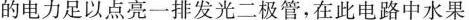
的电力足以点亮一排发光二极管，在此电路中水果